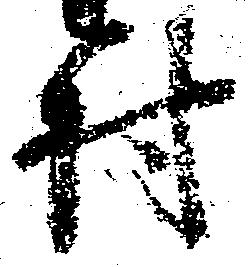
村